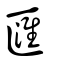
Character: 匯